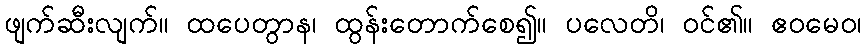
ဖျက်ဆီးလျက်။ ထပေတွာန၊ ထွန်းတောက်စေ၍။ ပလေတိ၊ ဝင်၏။ ဧဝမေဝ၊